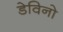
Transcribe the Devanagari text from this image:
डेविनो